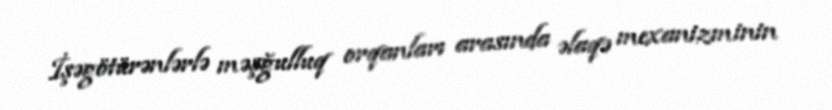
İşəgötürənlərlə məşğulluq orqanları arasında əlaqə mexanizminin